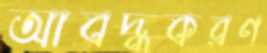
আবদ্ধকরণ